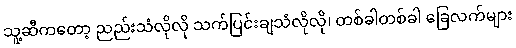
သူ့ဆီကတော့ ညည်းသံလိုလို သက်ပြင်းချသံလိုလို၊ တစ်ခါတစ်ခါ ခြေလက်များ